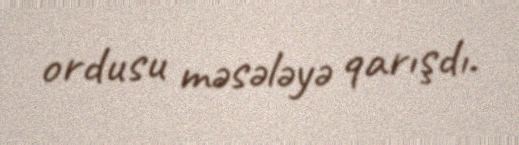
ordusu məsələyə qarışdı.